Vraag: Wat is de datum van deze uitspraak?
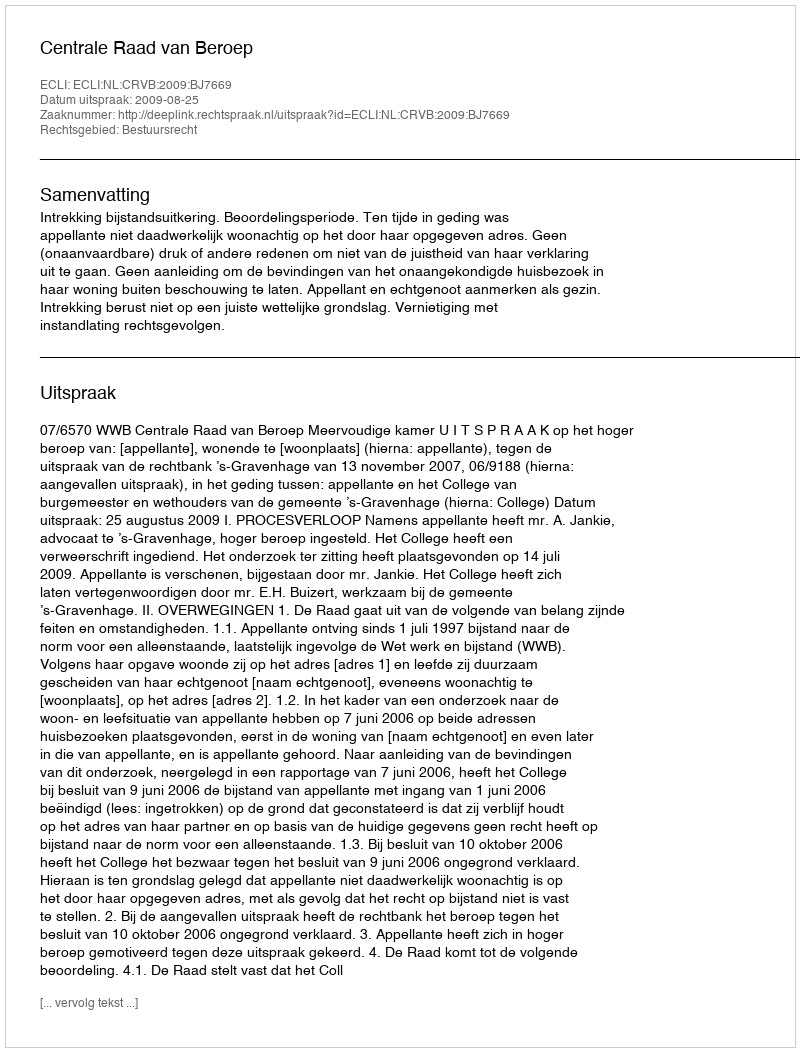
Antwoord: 2009-08-25